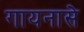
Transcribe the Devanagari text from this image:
गायनासे